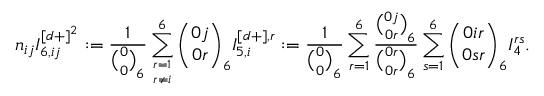
n _ { i j } I _ { 6 , i j } ^ { [ d + ] ^ { 2 } } : = \frac { 1 } { { \binom { 0 } { 0 } } _ { 6 } } \sum _ { r = 1 \atop r \not = i } ^ { 6 } { \binom { 0 j } { 0 r } } _ { 6 } I _ { 5 , i } ^ { [ d + ] , r } : = \frac { 1 } { { \binom { 0 } { 0 } } _ { 6 } } \sum _ { r = 1 } ^ { 6 } \frac { { \binom { 0 j } { 0 r } } _ { 6 } } { { \binom { 0 r } { 0 r } } _ { 6 } } \sum _ { s = 1 } ^ { 6 } { { \binom { 0 i r } { 0 s r } } _ { 6 } } I _ { 4 } ^ { r s } .